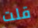
قلت